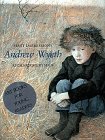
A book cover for First Impressions: Andrew Wyeth; Richard Meryman; Teen & Young Adult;